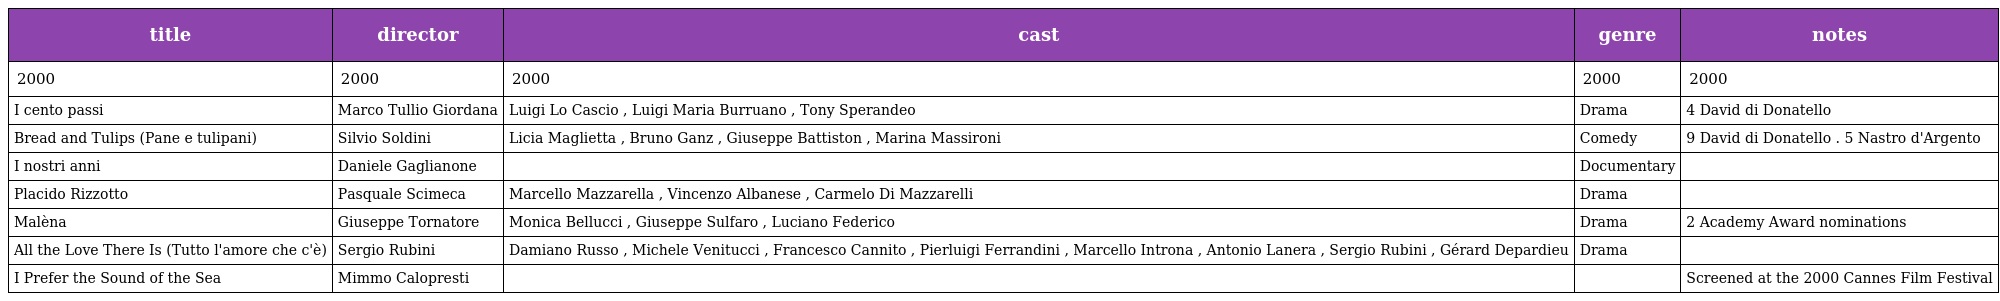
| title | director | cast | genre | notes |
 | --- | --- | --- | --- | --- |
 | 2000 | 2000 | 2000 | 2000 | 2000 |
 | I cento passi | Marco Tullio Giordana | Luigi Lo Cascio , Luigi Maria Burruano , Tony Sperandeo | Drama | 4 David di Donatello |
 | Bread and Tulips (Pane e tulipani) | Silvio Soldini | Licia Maglietta , Bruno Ganz , Giuseppe Battiston , Marina Massironi | Comedy | 9 David di Donatello . 5 Nastro d'Argento |
 | I nostri anni | Daniele Gaglianone |  | Documentary |  |
 | Placido Rizzotto | Pasquale Scimeca | Marcello Mazzarella , Vincenzo Albanese , Carmelo Di Mazzarelli | Drama |  |
 | Malèna | Giuseppe Tornatore | Monica Bellucci , Giuseppe Sulfaro , Luciano Federico | Drama | 2 Academy Award nominations |
 | All the Love There Is (Tutto l'amore che c'è) | Sergio Rubini | Damiano Russo , Michele Venitucci , Francesco Cannito , Pierluigi Ferrandini , Marcello Introna , Antonio Lanera , Sergio Rubini , Gérard Depardieu | Drama |  |
 | I Prefer the Sound of the Sea | Mimmo Calopresti |  |  | Screened at the 2000 Cannes Film Festival |